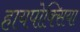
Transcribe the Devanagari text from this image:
हायपोक्सिया